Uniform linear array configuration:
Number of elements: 8
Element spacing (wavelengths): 1
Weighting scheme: blackman
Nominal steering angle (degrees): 45
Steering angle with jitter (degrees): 46.678
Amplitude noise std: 0.05
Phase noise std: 0.05

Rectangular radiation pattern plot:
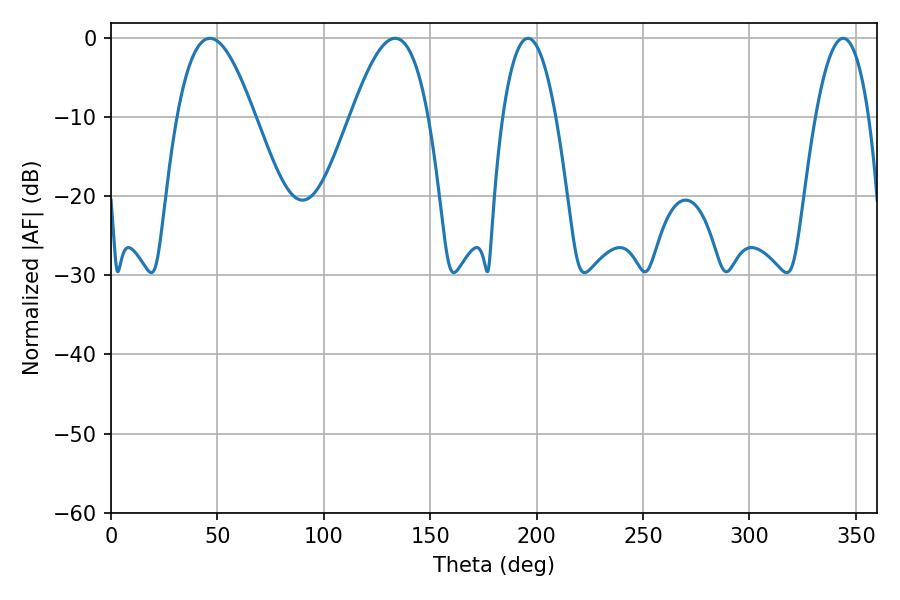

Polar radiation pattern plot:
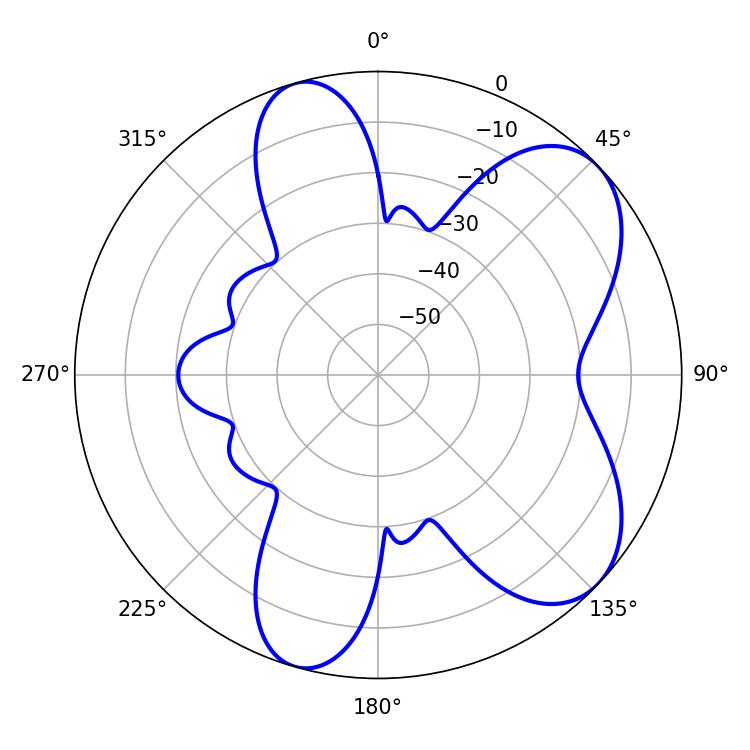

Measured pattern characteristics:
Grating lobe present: TRUE
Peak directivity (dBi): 6.877
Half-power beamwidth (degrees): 19.8
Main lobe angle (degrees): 46.44